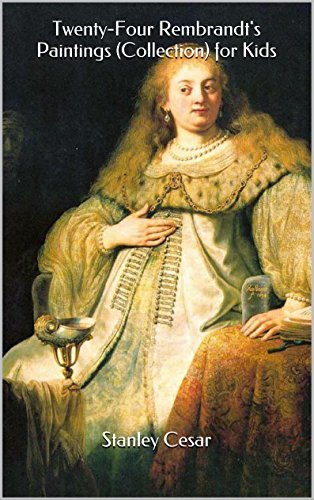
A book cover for Twenty-Four Rembrandt's Paintings (Collection) for Kids; Stanley Cesar; Sports & Outdoors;